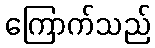
ကြောက်သည်